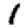
Digit: 1